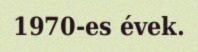
1970-es évek.